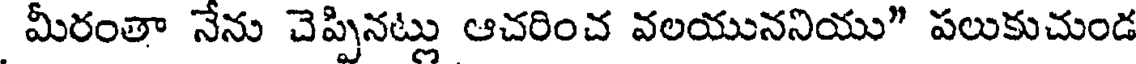
మీరంతా నేను చెప్పినట్లు ఆచరించ వలయుననియు" పలుకుచుండ